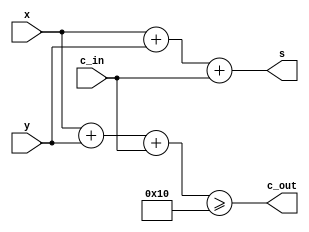
module adder4(input wire [3:0] x,
              input wire [3:0] y,
              input wire c_in,
              output wire [3:0] s,
              output wire c_out);
  assign s = x + y + c_in;
  assign c_out = (x + y + c_in) >= 16;
endmodule

module adder8(input wire [7:0] x,
              input wire [7:0] y,
              input wire c_in,
              output wire [7:0] s,
              output wire c_out);
  wire [3:0] s0;
  wire [3:0] s1;
  wire c0;
  adder4 a0(x[3:0], y[3:0], c_in, s0, c0);
  adder4 a1(x[7:4], y[7:4], c0, s1, c_out);
  assign s[3:0] = s0;
  assign s[7:4] = s1;
endmodule